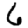
Digit: 6